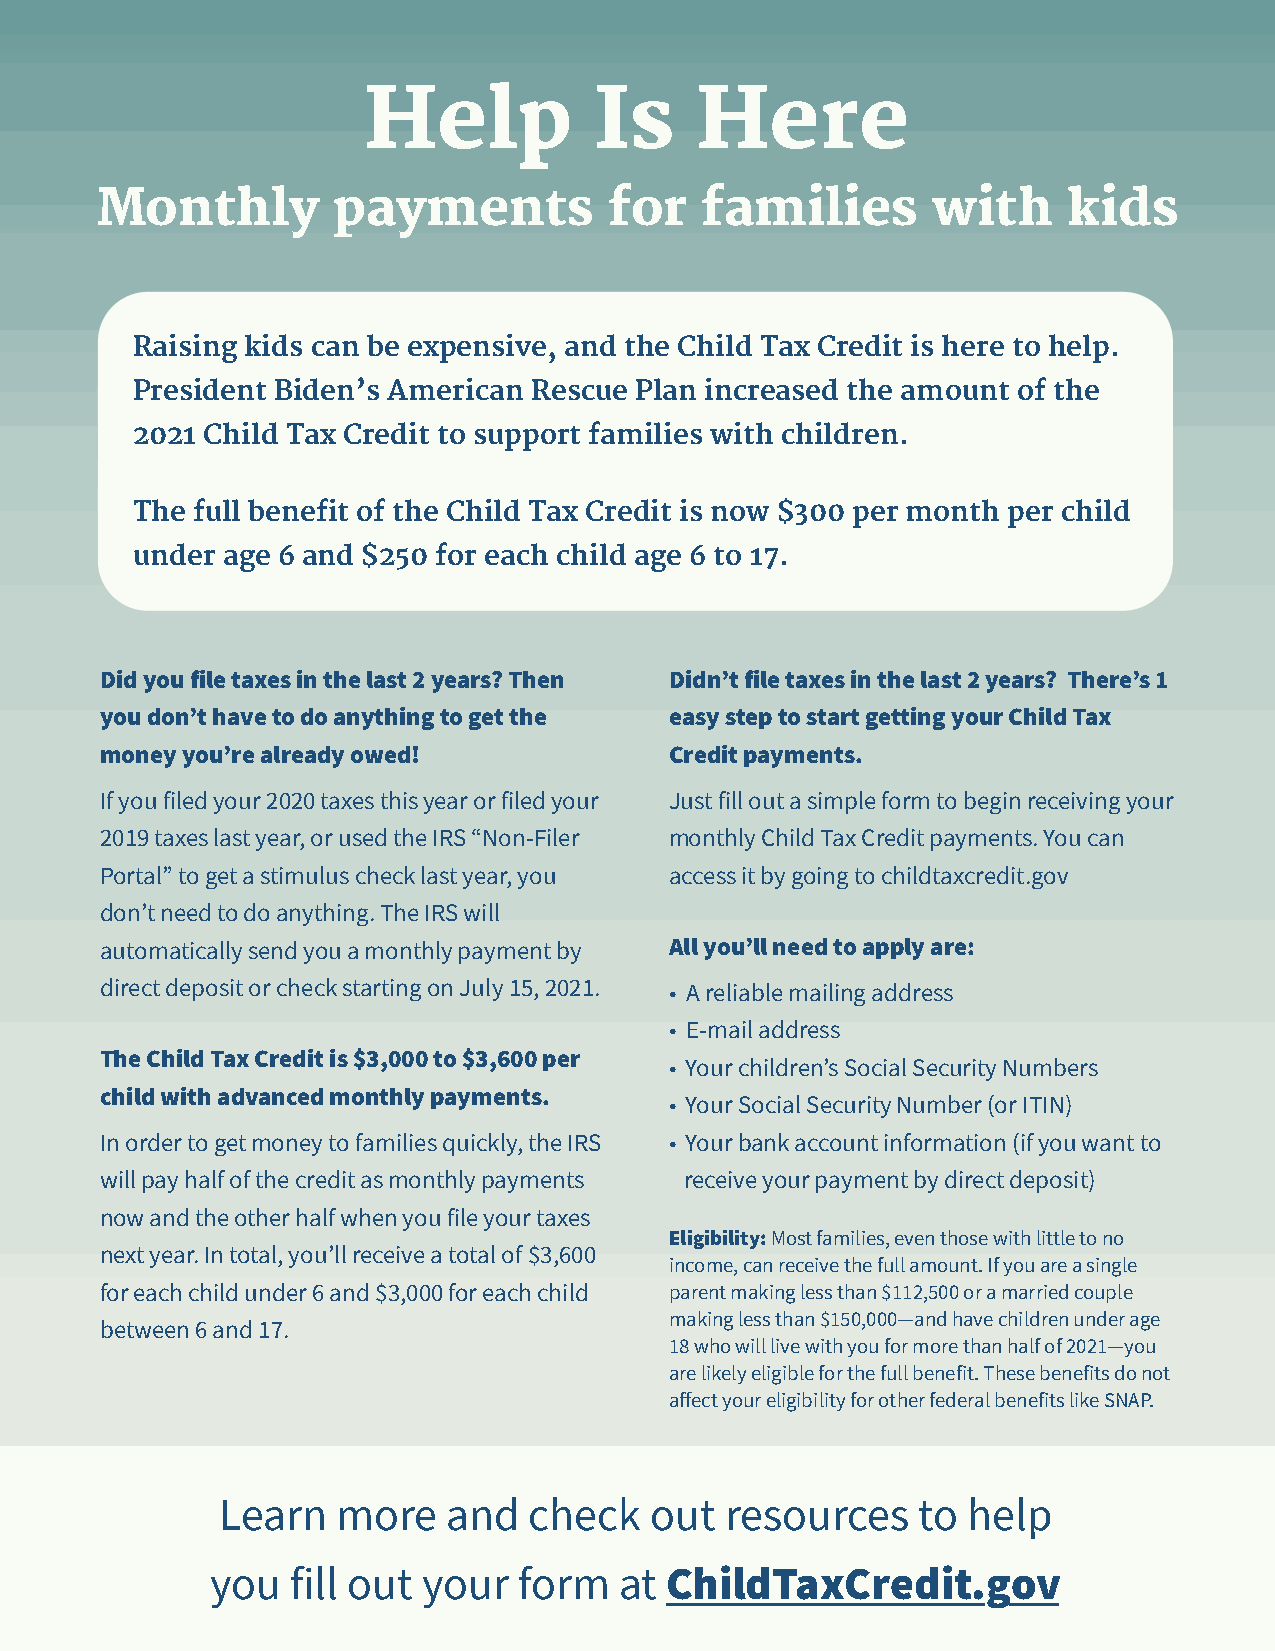
Help           Is     Here
 Monthly         payments          for   families        with     kids
 Raising kids can be expensive, and the Child Tax Credit is here to help.
 President Biden’s American Rescue Plan increased the amount of the
 2021 Child Tax Credit to support families with children.
 The full benefit of the Child Tax Credit is now $300 per month per child
 under age 6 and $250 for each child age 6 to 17.
 Did you file taxes in the last 2 years? Then Didn’t file taxes in the last 2 years? There’s 1
 you don’t have to do anything to get the easy step to start getting your Child Tax
 money you’re already owed!           Credit payments.
 If you filed your 2020 taxes this year or filed your Just fill out a simple form to begin receiving your
 2019 taxes last year, or used the IRS “Non-Filer monthly Child Tax Credit payments. You can
 Portal” to get a stimulus check last year, you access it by going to childtaxcredit.gov
 don’t need to do anything. The IRS will
 automatically send you a monthly payment by All you’ll need to apply are:
 direct deposit or check starting on July 15, 2021. • A reliable mailing address
 • E-mail address
 The Child Tax Credit is $3,000 to $3,600 per
 • Your children’s Social Security Numbers
 child with advanced monthly payments.
 • Your Social Security Number (or ITIN)
 In order to get money to families quickly, the IRS • Your bank account information (if you want to
 will pay half of the credit as monthly payments receive your payment by direct deposit)
 now and the other half when you file your taxes
 Eligibility: Most families, even those with little to no
 next year. In total, you’ll receive a total of $3,600
 income, can receive the full amount. If you are a single
 for each child under 6 and $3,000 for each child parent making less than $112,500 or a married couple
 making less than $150,000—and have children under age
 between 6 and 17.
 18 who will live with you for more than half of 2021—you
 are likely eligible for the full benefit. These benefits do not
 affect your eligibility for other federal benefits like SNAP.
 Learn   more    and  check   out  resources    to help
 you  fill out your  form   at ChildTaxCredit.gov